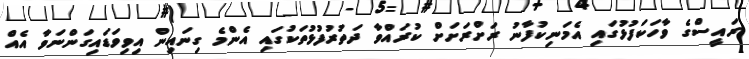
ރައީސްގެ ވާހަކަފުޅުގައި އެމަނިކުފާނު ރަށްރަށަށް ކުރައްވާ ދަތުރުފުޅުތަކުގައި އެންމެ ގިނައިން އިވިވަޑައިގަންނަވާ އެއް